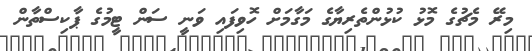
މިރޭ މެޗުގެ މޮޅު ކުޅުންތެރިޔާގެ މަގާމަށް ހޮވިފައި ވަނީ ސަން ޓީމުގެ ޕާކިސްތާން